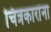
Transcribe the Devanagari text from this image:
चित्रकारांना